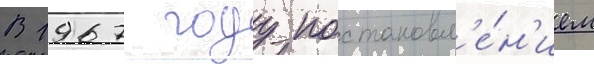
В 1967 году постановл'е́н'ием